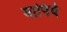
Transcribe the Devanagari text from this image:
मापिये